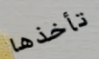
تأخذها